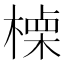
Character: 𣙏